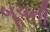
બૂચની